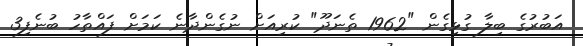
އަބުރުގެ ބިލާ ގުޅިގެން "1962 ތެނަދޫ" ކުރިއަށް ނުގެންދާނެ ކަމަށް ފައްތާހު ބުނެފި3